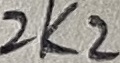
Text: 2K2